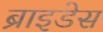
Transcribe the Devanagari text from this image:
ब्राइडेस